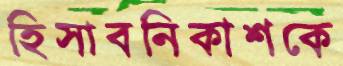
হিসাবনিকাশকে